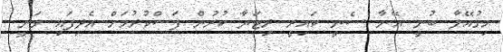
މިގުއޭލާ ބުނީ އޭނާ ސެނީ ކައިރީ ރިޓަޔާ ކުރުން ފަސްކުރުމަށް އެދިފައި ވަނީ